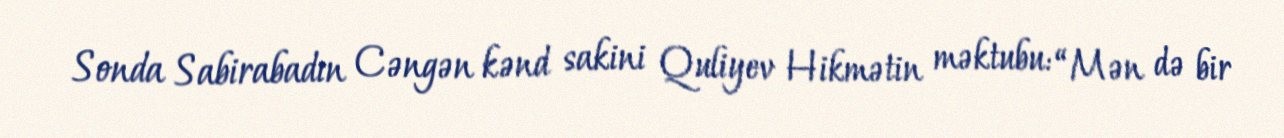
Sonda Sabirabadın Cəngən kənd sakini Quliyev Hikmətin məktubu: “Mən də bir